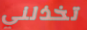
تخذلني